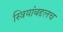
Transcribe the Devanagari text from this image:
स्त्रियांबद्दलच